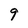
Character: 9